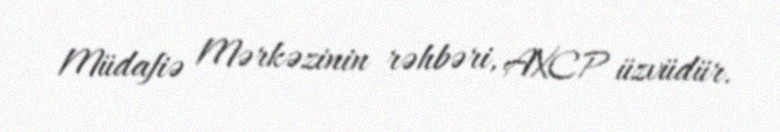
Müdafiə Mərkəzinin rəhbəri, AXCP üzvüdür.